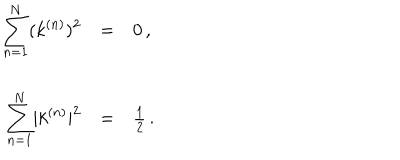
\begin{array} { r c l } { { \displaystyle { \sum _ { n = 1 } ^ { N } } ( k ^ { ( n ) } ) ^ { 2 } } } & { { = } } & { { 0 \, , } } \\ { { } } & { { } } & { { } } \\ { { \displaystyle { \sum _ { n = 1 } ^ { N } } | k ^ { ( n ) } | ^ { 2 } } } & { { = } } & { { \frac { 1 } { 2 } \, . } } \\ \end{array}